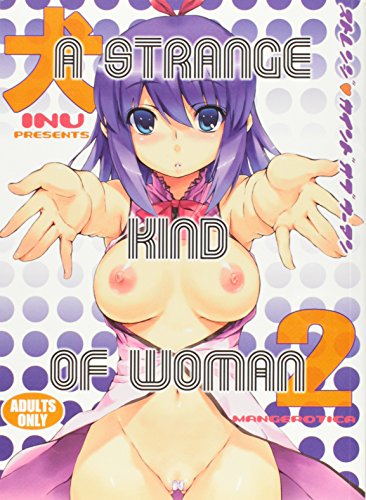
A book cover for A Strange Kind Of Woman Vol. 2; Inu; Comics & Graphic Novels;